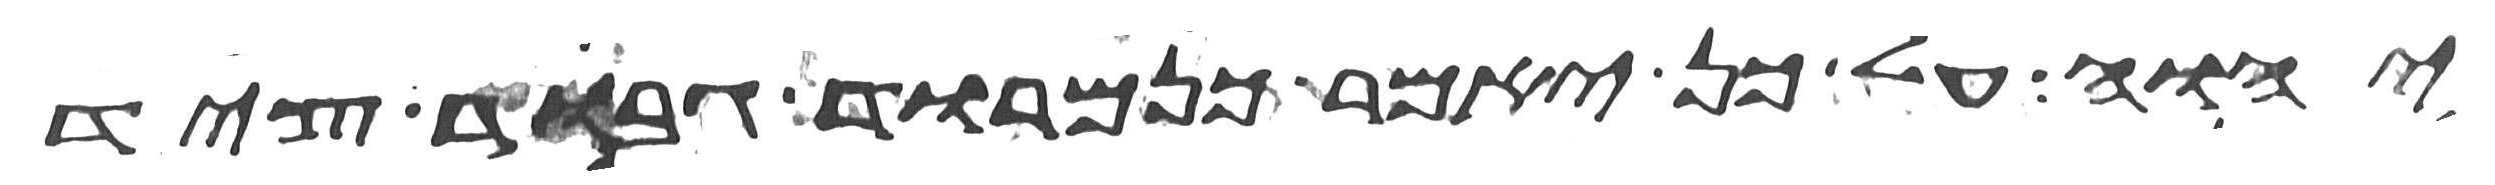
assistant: יהוה על כן יאמר כנמרוד גבור ציד